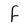
Character: f